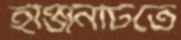
ইঞ্জিনটিতে